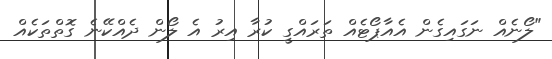
"ލޯނެއް ނަގައިގެން އެއާޕޯޓެއްް ތަރައްގީ ކުރާ އިރު އެ ލޯން ދެއްކޭނެ ގޮތްތަކެއް